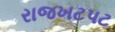
રાજખટપટ